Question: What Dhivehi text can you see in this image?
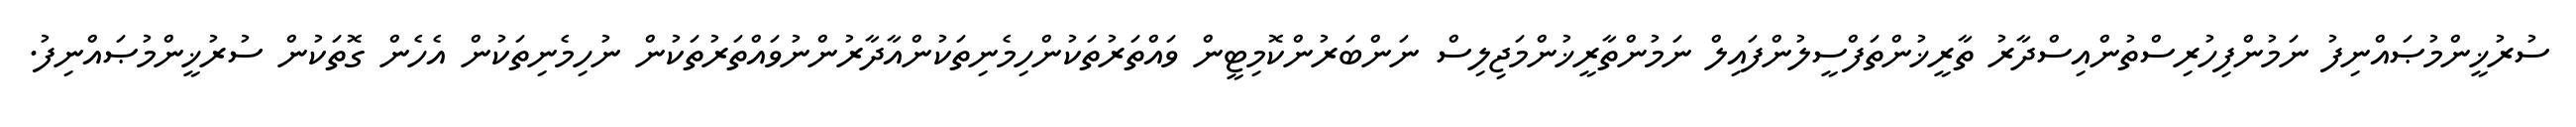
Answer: ސުރުޚީންމުޞައްނިފު ނަމުންފިހުރިސްތުންއިސްދާރު ތާރީޚުންތަފްސީލުންފައިލް ނަމުންތާރީޚުންމަޖިލިސް ނަންބަރުންކޮމިޓީން ވައްތަރުތަކުންހިމެނިތަކުންއާދާރުންނުވައްތަރުތަކުން ނުހިމެނިތަކުން އެހެން ގޮތަކުން ސުރުޚީންމުޞައްނިފު.